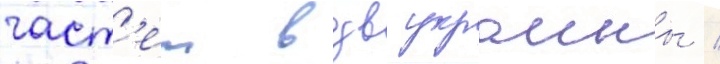
част'еи вдв украины /